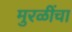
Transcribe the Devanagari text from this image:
मुरळींचा